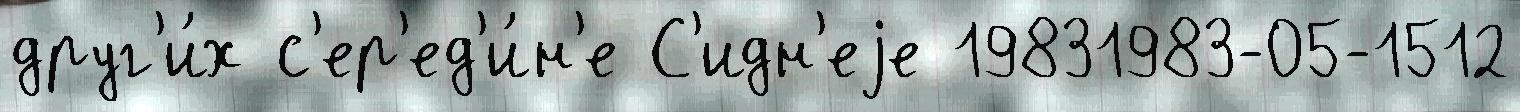
друг'и́х с'ер'ед'и́н'е С'идн'еjе 19831983-05-1512